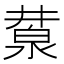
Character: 𣸕